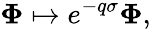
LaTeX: {\mathbf\Phi}\mapsto e^{-q\sigma}{\mathbf\Phi},